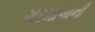
ગરમાળાની